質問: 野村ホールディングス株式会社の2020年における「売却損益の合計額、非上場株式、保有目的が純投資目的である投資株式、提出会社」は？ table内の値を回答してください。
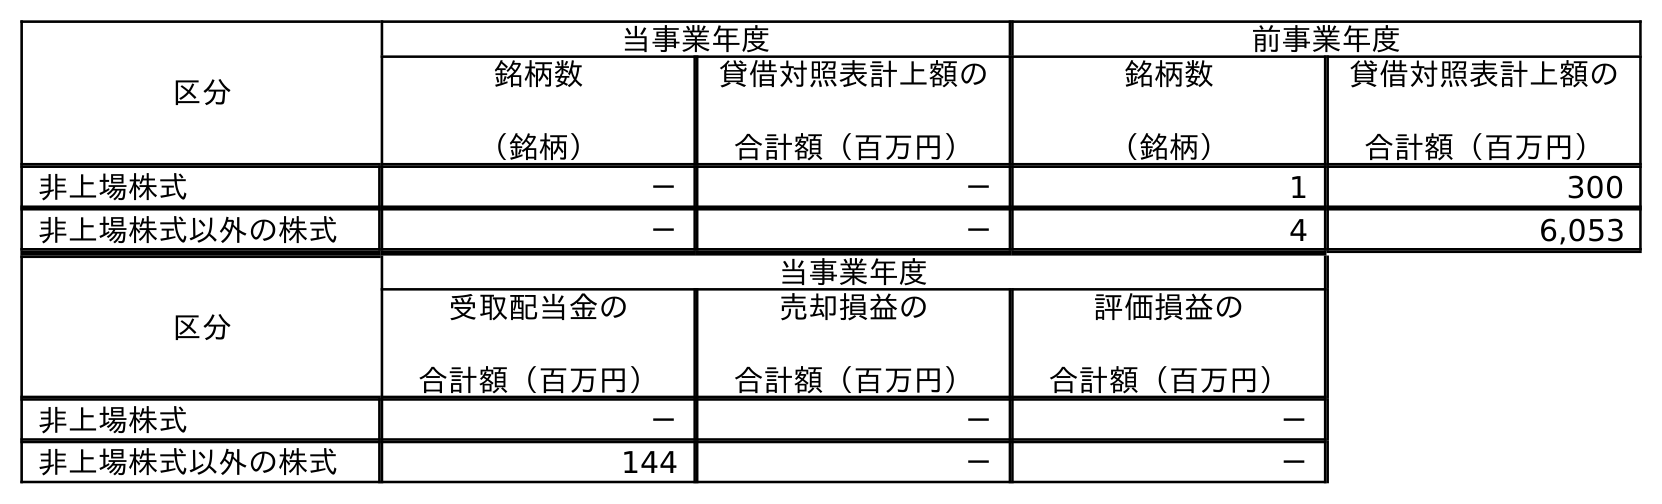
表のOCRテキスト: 区分 当事業年度 前事業年度 銘柄数 （銘柄） 貸借対照表計上額の 合計額（百万円） 銘柄数 （銘柄） 貸借対照表計上額の 合計額（百万円） 非上場株式 － － 1 300 非上場株式以外の株式 － － 4 6,053 区分 当事業年度 受取配当金の 合計額（百万円） 売却損益の 合計額（百万円） 評価損益の 合計額（百万円） 非上場株式 － － － 非上場株式以外の株式 144 － －
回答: －